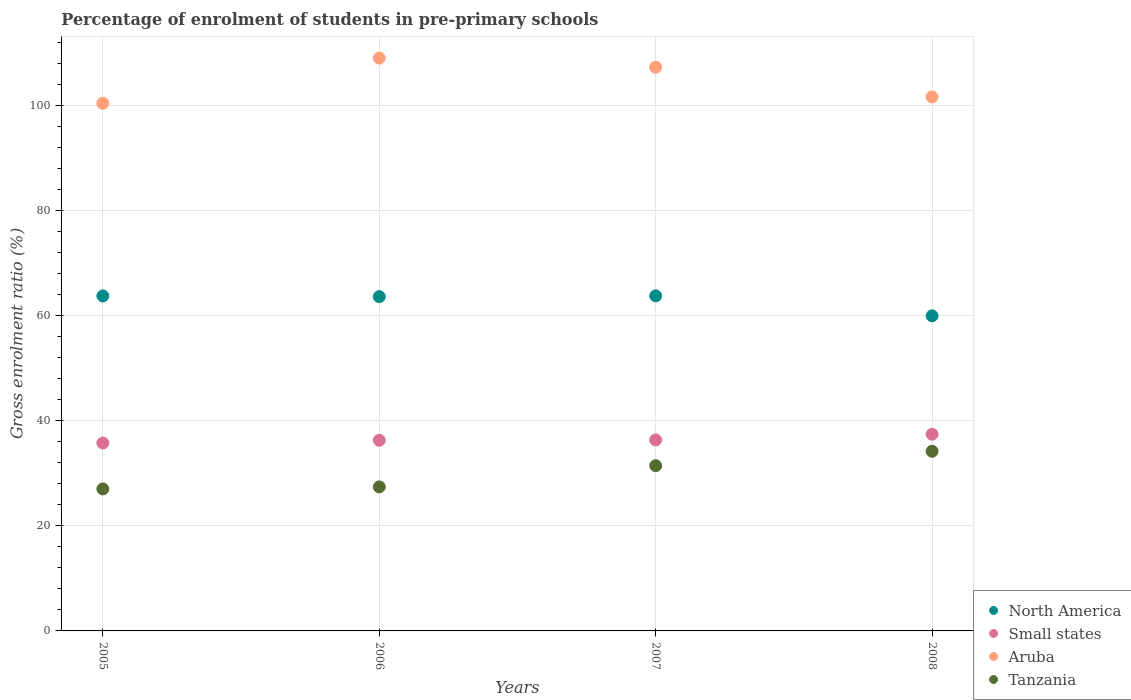
| Years | North America | Small states | Aruba | Tanzania |
 | --- | --- | --- | --- | --- |
 | 2005 | 63.8 | 35.8 | 100 | 27 |
 | 2006 | 63.6 | 36.3 | 109 | 27.4 |
 | 2007 | 63.8 | 36.4 | 107 | 31.5 |
 | 2008 | 60 | 37.4 | 102 | 34.2 |